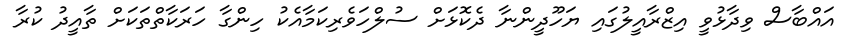
އައްބާސް ވިދާޅުވީ އިޒްރާއީލުގައި ޔަހޫދީންނާ ދެކޮޅަށް ސުލްހަވެރިކަމާއެކު ހިންގާ ހަރަކާތްތަކަށް ތާއީދު ކުރާ